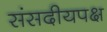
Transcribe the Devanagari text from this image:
संसदीयपक्ष